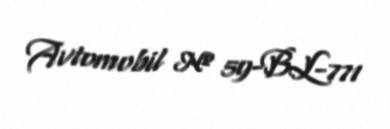
Avtomobil № 59-BL-771